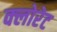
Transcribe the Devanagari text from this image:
क्‍लोरेट